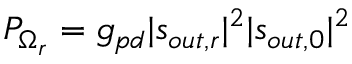
P _ { \Omega _ { r } } = g _ { p d } | s _ { o u t , r } | ^ { 2 } | s _ { o u t , 0 } | ^ { 2 }